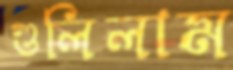
গুলিলাম